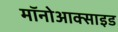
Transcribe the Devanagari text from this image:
मॉनोआक्साइड